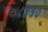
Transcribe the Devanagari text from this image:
८५५०